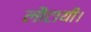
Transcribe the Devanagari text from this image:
लौटायी।